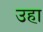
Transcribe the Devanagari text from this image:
उहा